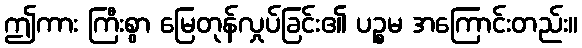
ဤကား ကြီးစွာ မြေတုန်လှုပ်ခြင်း၏ ပဉ္စမ အကြောင်းတည်း။